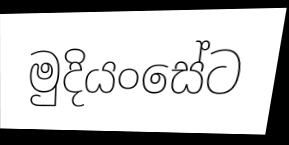
මුදියංසේට